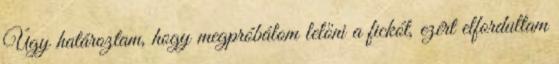
Úgy határoztam, hogy megpróbálom lelőni a fickót, ezért elfordultam